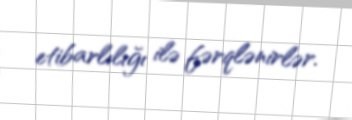
etibarlılığı ilə fərqlənirlər.